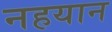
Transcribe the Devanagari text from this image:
नहयान